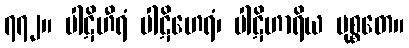
၇၇၂။ ပါဋိဟီရံ ပါဋိဟေရံ၊ ပါဋိဟာရိယ မုစ္စတေ။